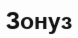
Зонуз